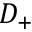
D _ { + }